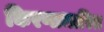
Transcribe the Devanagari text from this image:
किरणाधारित